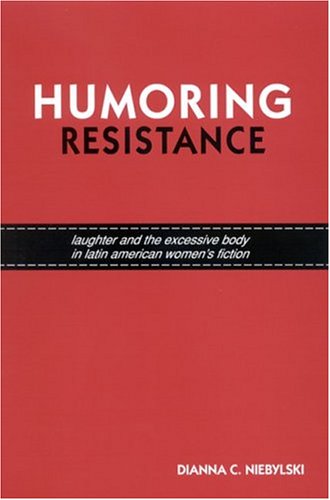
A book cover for Humoring Resistance: Laughter and the Excessive Body in Latin American Women's Fiction (Suny Series in Latin American and Iberian Thought and Culture); Dianna C. Niebylski; Humor & Entertainment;